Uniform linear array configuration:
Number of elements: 48
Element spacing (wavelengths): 0.25
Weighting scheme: exponential
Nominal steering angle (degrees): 0
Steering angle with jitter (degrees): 1.42
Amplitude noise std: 0.05
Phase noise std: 0.05

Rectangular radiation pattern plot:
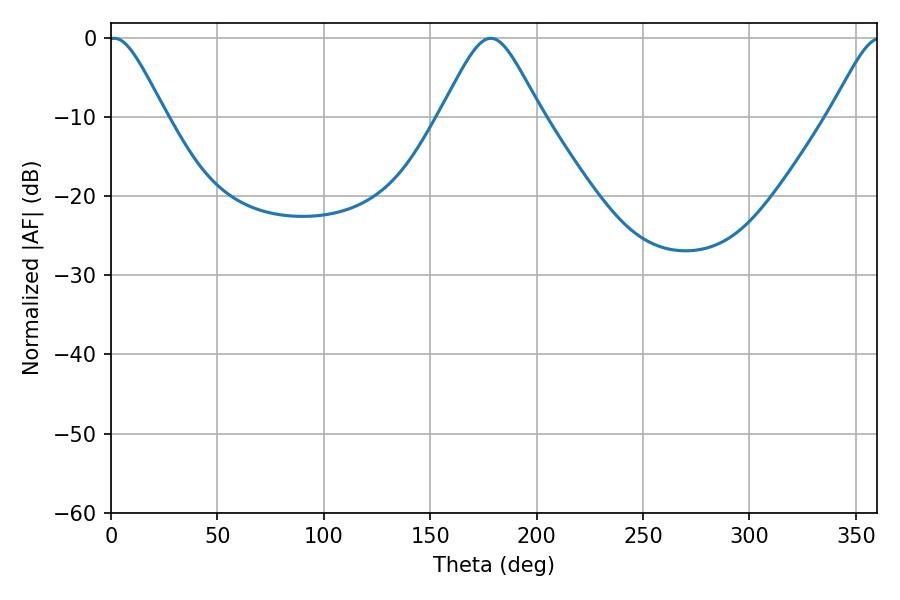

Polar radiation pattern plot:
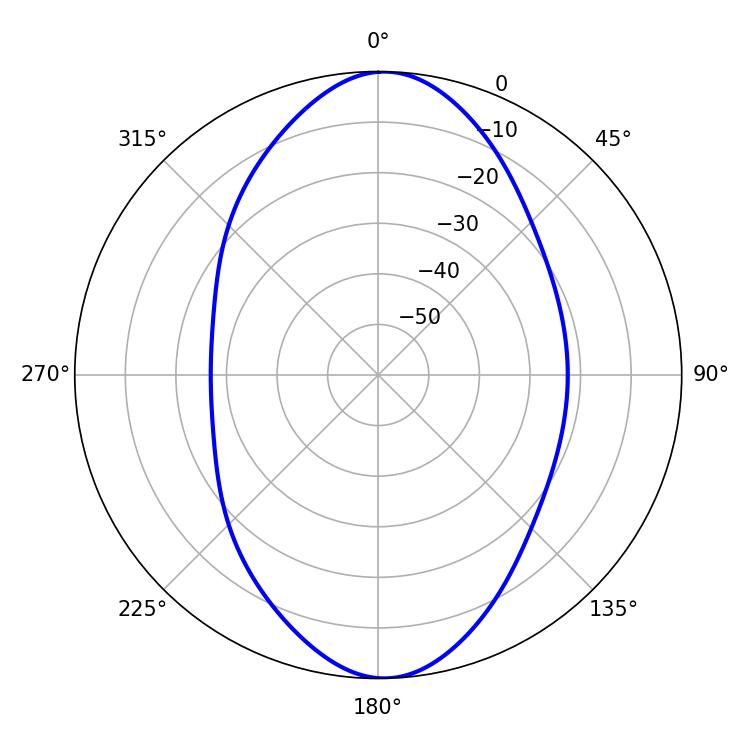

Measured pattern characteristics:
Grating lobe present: FALSE
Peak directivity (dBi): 18.628
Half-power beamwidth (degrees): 13.14
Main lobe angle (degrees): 1.62